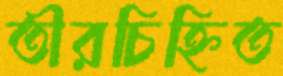
তীরচিহ্নিত